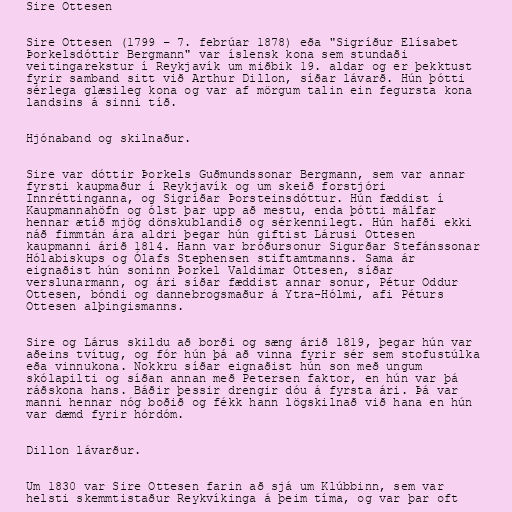
Sire Ottesen

Sire Ottesen (1799 – 7. febrúar 1878) eða "Sigríður Elísabet
Þorkelsdóttir Bergmann" var íslensk kona sem stundaði
veitingarekstur í Reykjavík um miðbik 19. aldar og er þekktust
fyrir samband sitt við Arthur Dillon, síðar lávarð. Hún þótti
sérlega glæsileg kona og var af mörgum talin ein fegursta kona
landsins á sinni tíð.

Hjónaband og skilnaður.

Sire var dóttir Þorkels Guðmundssonar Bergmann, sem var annar
fyrsti kaupmaður í Reykjavík og um skeið forstjóri
Innréttinganna, og Sigríðar Þorsteinsdóttur. Hún fæddist í
Kaupmannahöfn og ólst þar upp að mestu, enda þótti málfar
hennar ætíð mjög dönskublandið og sérkennilegt. Hún hafði ekki
náð fimmtán ára aldri þegar hún giftist Lárusi Ottesen
kaupmanni árið 1814. Hann var bróðursonur Sigurðar Stefánssonar
Hólabiskups og Ólafs Stephensen stiftamtmanns. Sama ár
eignaðist hún soninn Þorkel Valdimar Ottesen, síðar
verslunarmann, og ári síðar fæddist annar sonur, Pétur Oddur
Ottesen, bóndi og dannebrogsmaður á Ytra-Hólmi, afi Péturs
Ottesen alþingismanns.

Sire og Lárus skildu að borði og sæng árið 1819, þegar hún var
aðeins tvítug, og fór hún þá að vinna fyrir sér sem stofustúlka
eða vinnukona. Nokkru síðar eignaðist hún son með ungum
skólapilti og síðan annan með Petersen faktor, en hún var þá
ráðskona hans. Báðir þessir drengir dóu á fyrsta ári. Þá var
manni hennar nóg boðið og fékk hann lögskilnað við hana en hún
var dæmd fyrir hórdóm.

Dillon lávarður.

Um 1830 var Sire Ottesen farin að sjá um Klúbbinn, sem var
helsti skemmtistaður Reykvíkinga á þeim tíma, og var þar oft